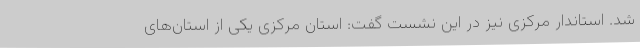
شد. استاندار مرکزی نیز در این نشست گفت: استان مرکزی یکی از استان‌های